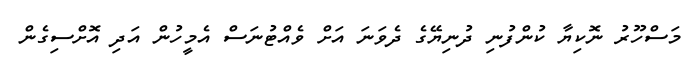
މަސްހޫރު ނޮކިޔާ ކުންފުނި ދުނިޔޭގެ ދެވަނަ އަށް ވެއްޓުނަސް އެމީހުން އަދި އޮށްސިގެން